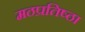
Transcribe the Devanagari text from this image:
मठप्रतिष्ठा